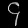
Digit: ၄